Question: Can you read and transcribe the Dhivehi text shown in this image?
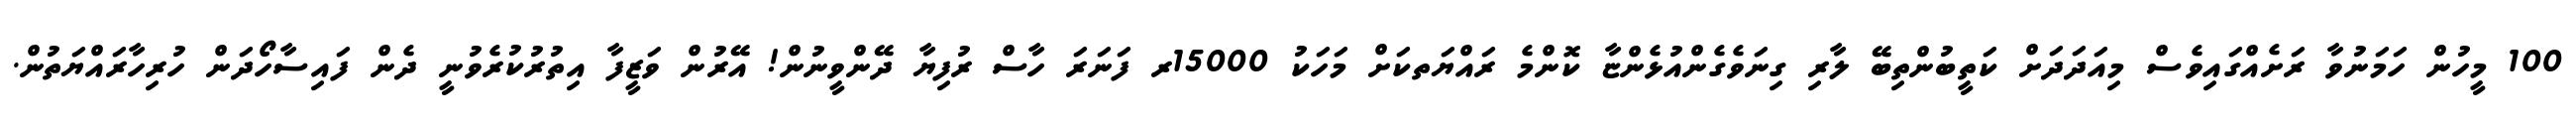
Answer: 100 މީހުން ހަމަނުވާ ރަށެއްގައިވެސް މިއަދަދަށް ކަތީބުންތިބޭ ލާރި ގިނަވެގެންއުޅެންޏާ ކޮންމެ ރައްޔަތކަށް މަހަކު 15000ރ ފަނަރަ ހާސް ރުފިޔާ ދޭންވީނުން! އޭރުން ވަޒީފާ އިތުރުކުރެވުނީ ދެން ފައިސާހޯދަން ހުރިހާރައްޔަތުން.